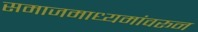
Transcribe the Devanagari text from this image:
समाजमाध्यमांवरून